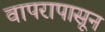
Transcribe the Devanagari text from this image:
वापरापासून